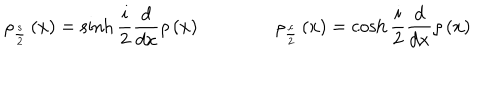
\rho _ { \frac { s } { 2 } } \left( x \right) = \sinh \frac { i } { 2 } \frac { d } { d x } \rho \left( x \right) \qquad \qquad \rho _ { \frac { c } { 2 } } \left( x \right) = \cosh \frac { i } { 2 } \frac { d } { d x } \rho \left( x \right)